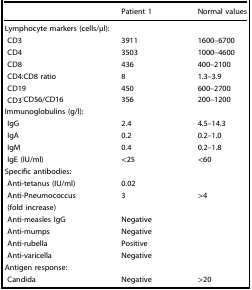
<table><thead><tr><td></td><td><b>Patient 1</b></td><td><b>Normal values</b></td></tr></thead><tbody><tr><td colspan="3">Lymphocyte markers (cells/μl):</td></tr><tr><td> CD3</td><td>3911</td><td>1600–6700</td></tr><tr><td> CD4</td><td>3503</td><td>1000–4600</td></tr><tr><td> CD8</td><td>436</td><td>400–2100</td></tr><tr><td> CD4:CD8 ratio</td><td>8</td><td>1.3–3.9</td></tr><tr><td> CD19</td><td>450</td><td>600–2700</td></tr><tr><td> CD3<sup>-</sup>CD56/CD16</td><td>356</td><td>200–1200</td></tr><tr><td colspan="3">Immunoglobulins (g/l):</td></tr><tr><td> IgG</td><td>2.4</td><td>4.5–14.3</td></tr><tr><td> IgA</td><td>0.2</td><td>0.2–1.0</td></tr><tr><td> IgM</td><td>0.4</td><td>0.2–1.8</td></tr><tr><td> IgE (IU/ml)</td><td>&lt;25</td><td>&lt;60</td></tr><tr><td colspan="3">Specific antibodies:</td></tr><tr><td> Anti-tetanus (IU/ml)</td><td>0.02</td><td></td></tr><tr><td> Anti-Pneumococcus</td><td>3</td><td>&gt;4</td></tr><tr><td> (fold increase)</td><td></td><td></td></tr><tr><td> Anti-measles IgG</td><td>Negative</td><td></td></tr><tr><td> Anti-mumps</td><td>Negative</td><td></td></tr><tr><td> Anti-rubella</td><td>Positive</td><td></td></tr><tr><td> Anti-varicella</td><td>Negative</td><td></td></tr><tr><td colspan="3">Antigen response:</td></tr><tr><td> Candida</td><td>Negative</td><td>&gt;20</td></tr></tbody></table>